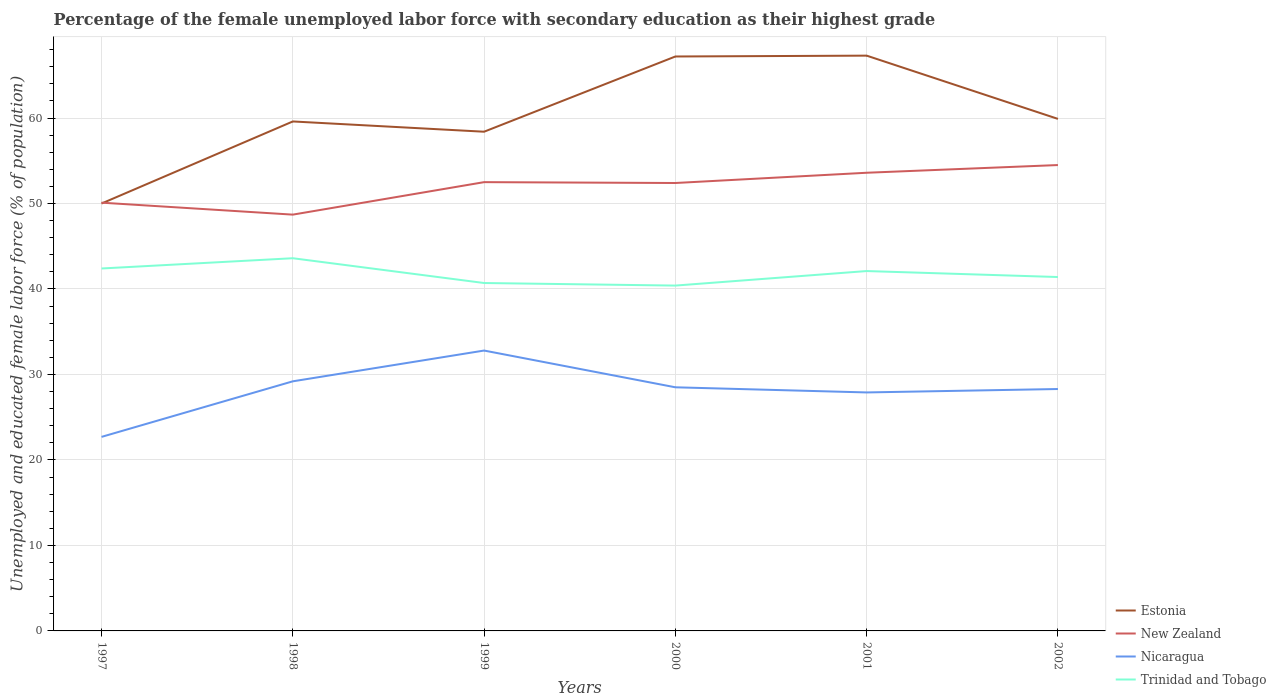
| Years | Estonia | New Zealand | Nicaragua | Trinidad and Tobago |
 | --- | --- | --- | --- | --- |
 | 1997 | 50 | 50.1 | 22.7 | 42.4 |
 | 1998 | 59.6 | 48.7 | 29.2 | 43.6 |
 | 1999 | 58.4 | 52.5 | 32.8 | 40.7 |
 | 2000 | 67.2 | 52.4 | 28.5 | 40.4 |
 | 2001 | 67.3 | 53.6 | 27.9 | 42.1 |
 | 2002 | 59.9 | 54.5 | 28.3 | 41.4 |